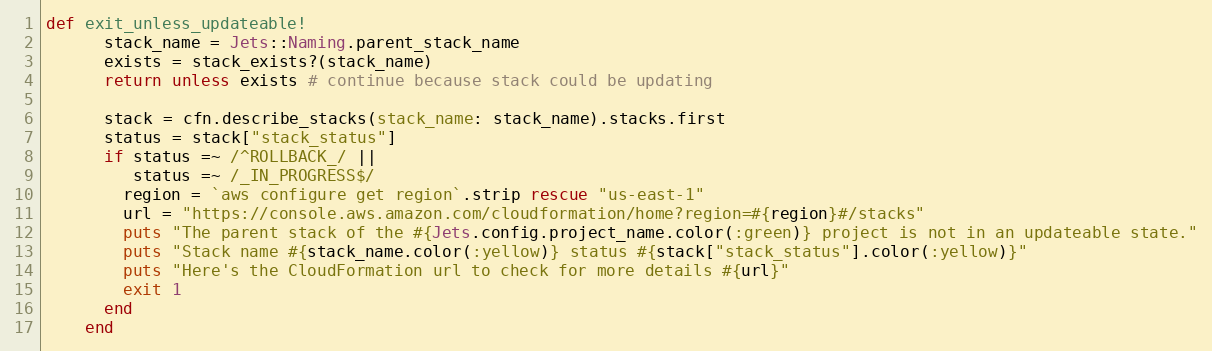
Language: Ruby
def exit_unless_updateable!
      stack_name = Jets::Naming.parent_stack_name
      exists = stack_exists?(stack_name)
      return unless exists # continue because stack could be updating

      stack = cfn.describe_stacks(stack_name: stack_name).stacks.first
      status = stack["stack_status"]
      if status =~ /^ROLLBACK_/ ||
         status =~ /_IN_PROGRESS$/
        region = `aws configure get region`.strip rescue "us-east-1"
        url = "https://console.aws.amazon.com/cloudformation/home?region=#{region}#/stacks"
        puts "The parent stack of the #{Jets.config.project_name.color(:green)} project is not in an updateable state."
        puts "Stack name #{stack_name.color(:yellow)} status #{stack["stack_status"].color(:yellow)}"
        puts "Here's the CloudFormation url to check for more details #{url}"
        exit 1
      end
    end